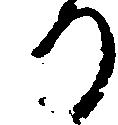
り